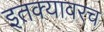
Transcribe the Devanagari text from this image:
इतक्यावरच